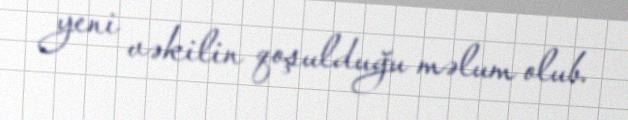
yeni vəkilin qoşulduğu məlum olub.